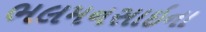
ભલમનસાઇના